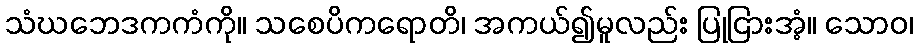
သံဃဘေဒကကံကို။ သစေပိကရောတိ၊ အကယ်၍မူလည်း ပြုငြားအံ့။ သောဝ၊